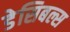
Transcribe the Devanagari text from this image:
डेसिबल्स